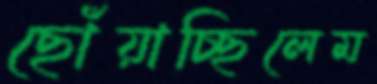
ছোঁয়াচ্ছিলেম